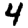
Digit: 4